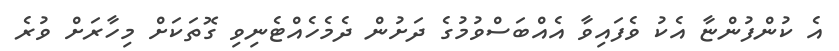
އެ ކުންފުންޏާ އެކު ވެފައިވާ އެއްބަސްވުމުގެ ދަށުން ދެމެހެއްޓެނިވި ގޮތަކަށް މިހާރަށް ވުރެ